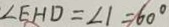
\angle E H D = \angle 1 = 6 0 ^ { \circ }